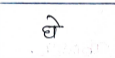
मजकूर: घे